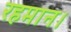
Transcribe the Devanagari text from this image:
रहमान।